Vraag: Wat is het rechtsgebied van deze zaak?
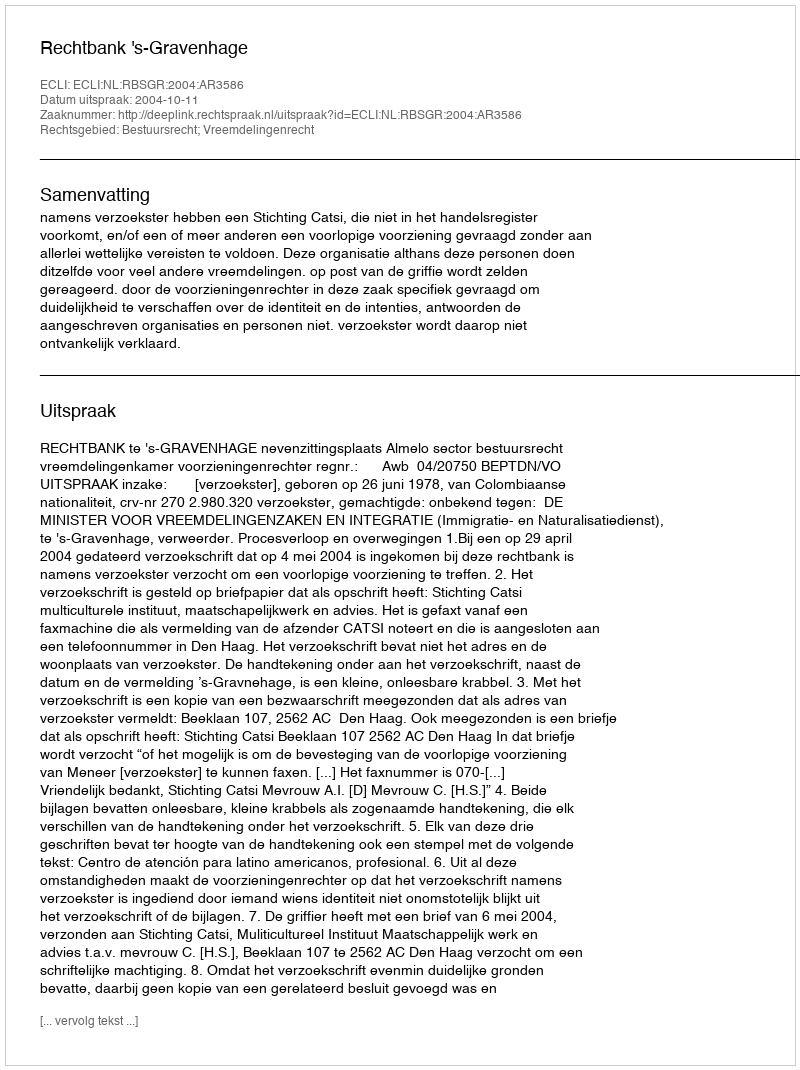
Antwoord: Bestuursrecht; Vreemdelingenrecht